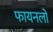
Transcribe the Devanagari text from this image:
फायनलों